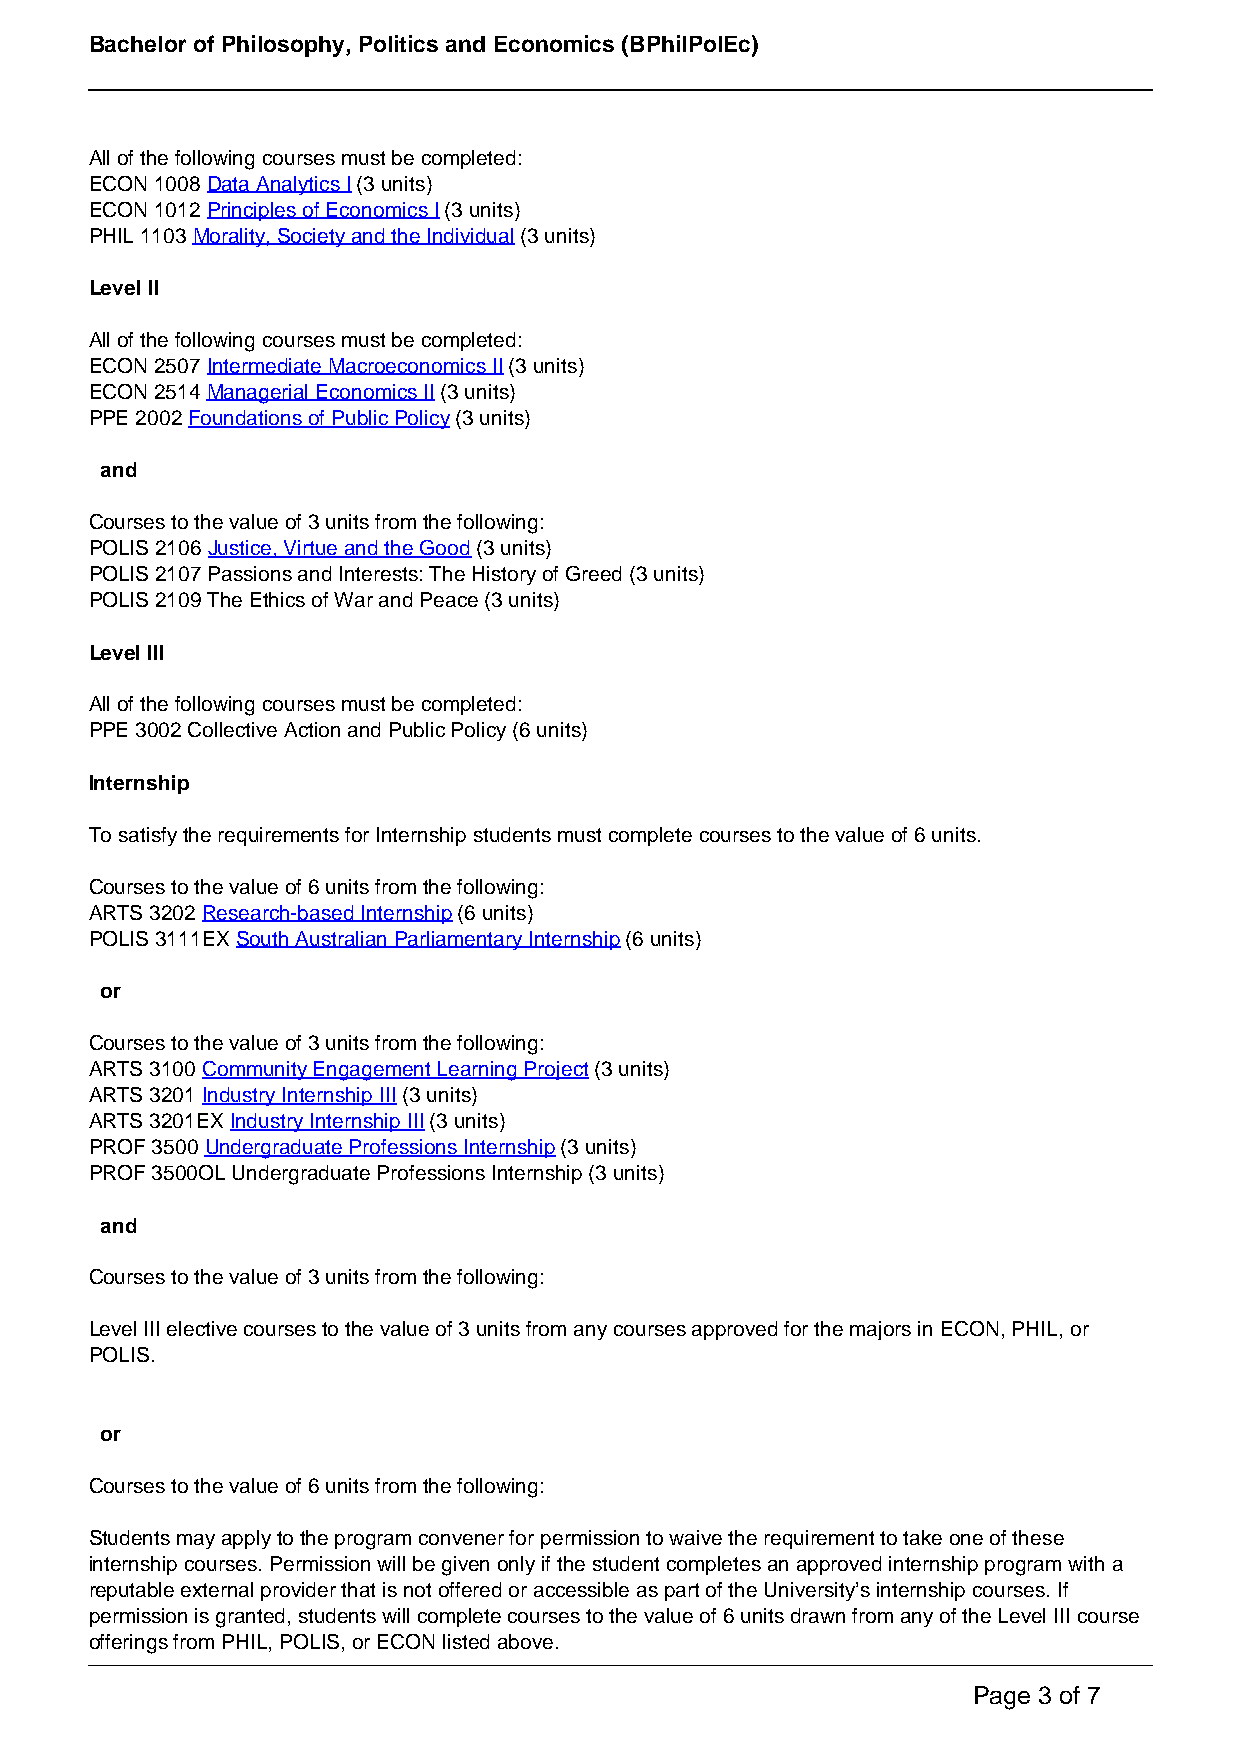
Bachelor of Philosophy, Politics and Economics (BPhilPolEc)
 All of the following courses must be completed:
 ECON 1008 Data Analytics I (3 units)
 ECON 1012 Principles of Economics I (3 units)
 PHIL 1103 Morality, Society and the Individual (3 units)
 Level II
 All of the following courses must be completed:
 ECON 2507 Intermediate Macroeconomics II (3 units)
 ECON 2514 Managerial Economics II (3 units)
 PPE 2002 Foundations of Public Policy (3 units)
 and
 Courses to the value of 3 units from the following:
 POLIS 2106 Justice, Virtue and the Good (3 units)
 POLIS 2107 Passions and Interests: The History of Greed (3 units)
 POLIS 2109 The Ethics of War and Peace (3 units)
 Level III
 All of the following courses must be completed:
 PPE 3002 Collective Action and Public Policy (6 units)
 Internship
 To satisfy the requirements for Internship students must complete courses to the value of 6 units.
 Courses to the value of 6 units from the following:
 ARTS 3202 Research-based Internship (6 units)
 POLIS 3111EX South Australian Parliamentary Internship (6 units)
 or
 Courses to the value of 3 units from the following:
 ARTS 3100 Community Engagement Learning Project (3 units)
 ARTS 3201 Industry Internship III (3 units)
 ARTS 3201EX Industry Internship III (3 units)
 PROF 3500 Undergraduate Professions Internship (3 units)
 PROF 3500OL Undergraduate Professions Internship (3 units)
 and
 Courses to the value of 3 units from the following:
 Level III elective courses to the value of 3 units from any courses approved for the majors in ECON, PHIL, or
 POLIS.
 or
 Courses to the value of 6 units from the following:
 Students may apply to the program convener for permission to waive the requirement to take one of these
 internship courses. Permission will be given only if the student completes an approved internship program with a
 reputable external provider that is not offered or accessible as part of the University’s internship courses. If
 permission is granted, students will complete courses to the value of 6 units drawn from any of the Level III course
 offerings from PHIL, POLIS, or ECON listed above.
 Page 3 of 7